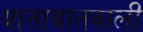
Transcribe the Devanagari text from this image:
यातायातवाली